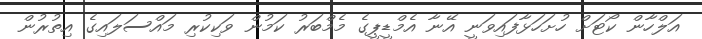
އަލްހާން ކޯޓަށް ހުށަހަޅާފައިވަނީ އޭނާ އެމްޑީޕީގެ މެމްބަރު ކަމުން ވަކިކުރި މައްސަލައިގެ އިތުރުން